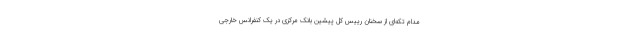
مدام تکه‌ای از سخنان رییس کل پیشین بانک مرکزی در یک کنفرانس خارجی